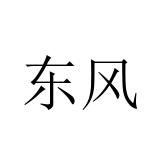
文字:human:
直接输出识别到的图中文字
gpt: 东风